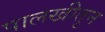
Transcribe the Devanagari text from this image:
पालखीतुन